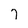
Character: 7